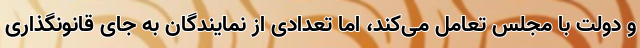
و دولت با مجلس تعامل می‌کند، اما تعدادی از نمایندگان به جای قانونگذاری